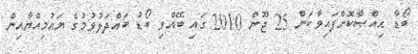
ބޯޑާ ޙިއްޞާކޮށްފައިވާކަން 25 ޖޫން 2010 ގައި ބޭއްވި ބޯޑު ބައްދަލުވުމުގެ ޔައުމިއްޔާއިން